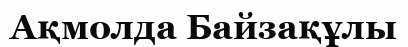
Ақмолда Байзақұлы